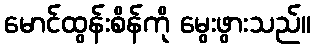
မောင်ထွန်းစိန်ကို မွေးဖွားသည်။